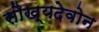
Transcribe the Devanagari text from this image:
सौख्यदेवोन